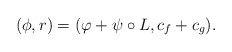
\begin{align*}(\phi,r) = (\varphi+\psi\circ L, c_f + c_g).\end{align*}